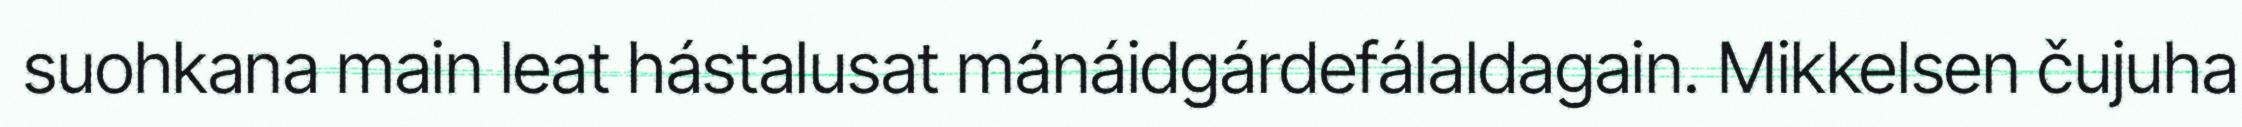
suohkana main leat hástalusat mánáidgárdefálaldagain. Mikkelsen čujuha